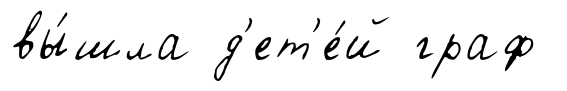
вы́шла д'ет'е́й граф